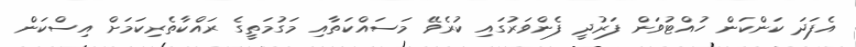
އެފަދަ ކަންކަން ހުއްޓުވަން ފަރުދީ ފެންވަރުގައި ކުރެވޭ މަސައްކަތާއި މަގުމަތީގެ ރައްކާތެރިކަމަށް އިސްކަން